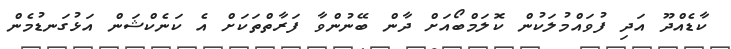
ކާޑެއްދޫ އަދި ފުވައްމުލަކުން ކޮލަމްބޯއަށް ދާން ބޭނުންވާ ފަރާތްތަކަށް އެ ކަނެކްޝަން އަޅުގަނޑުމެން